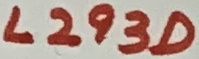
Text: L293D